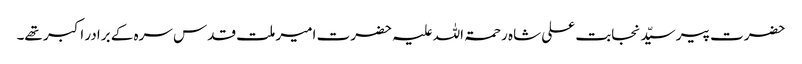
حضرت پیر سیّد نجابت علی شاہ رحمۃ اللہ علیہ حضرت امیر ملت قدس سرہ کے برادر اکبر تھے۔